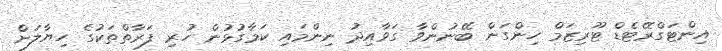
އިންޓަގްރޭޓެޑް ޓޫރިޒަމް ހިންގަން ބޭނުންވާ ގަވާއިދު ނިންމައި ކަމާގުޅުން ހުރި ފަރާތްތަކުގެ ހިޔާލަށް